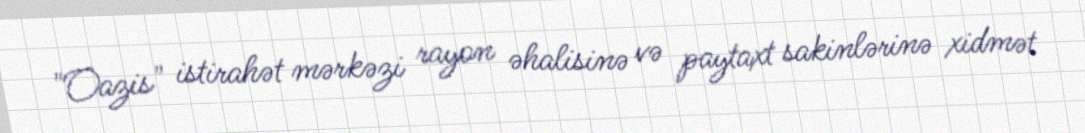
"Oazis" istirahət mərkəzi rayon əhalisinə və paytaxt sakinlərinə xidmət